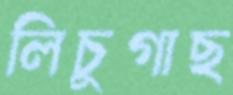
লিচুগাছ